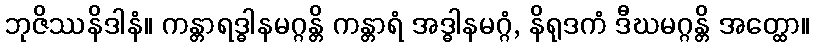
ဘုဇိဿနိဒါနံ။ ကန္တာရဒ္ဓါနမဂ္ဂန္တိ ကန္တာရံ အဒ္ဓါနမဂ္ဂံ, နိရုဒကံ ဒီဃမဂ္ဂန္တိ အတ္ထော။